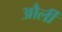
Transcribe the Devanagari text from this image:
और्ली